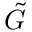
\tilde { G }